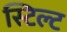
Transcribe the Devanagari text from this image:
स्टिल्ट